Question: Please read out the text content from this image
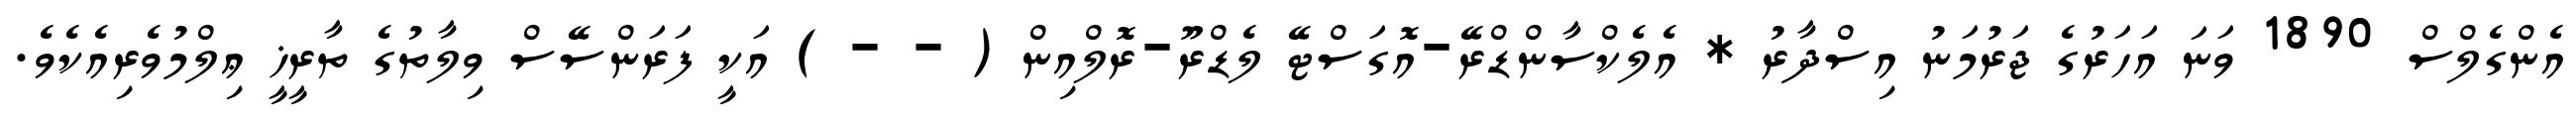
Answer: އެންގެލްސް 1890 ވަނަ އަހަރުގެ ޖަރުމަނު އިސްދާރު * އެލެކްސާންޑްރޭ-އޮގަސްޓޭ ލެޑްރޫ-ރޮލްއިން ( - - ) އަކީ ފަރަންސޭސް ވިލާތުގެ ތާރީޚީ ޢިލްމުވެރިއެކެވެ.